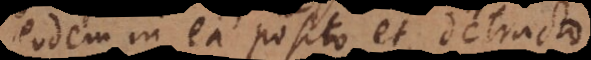
eodem in ea posito et detracto